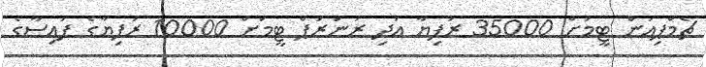
ޗެމްޕިއަން ޓީމަށް 35000 ރުފިޔާ އަދި ރަނަރަޕް ޓީމަށް 10000 ރުފިޔާގެ ފައިސާގެ